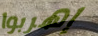
إهربوا